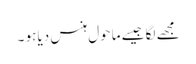
مجھے لگا جیسے ماحول ہنس دیا ہو ۔